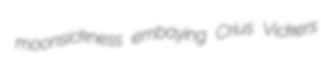
moonsickness embaying Crius Vickers